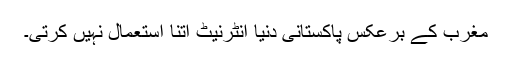
مغرب کے برعکس پاکستانی دنیا انٹرنیٹ اتنا استعمال نہیں کرتی۔